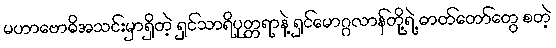
မဟာဗောဓိအသင်းမှာရှိတဲ့ ရှင်သာရိပုတ္တရာနဲ့ ရှင်မောဂ္ဂလာန်တို့ရဲ့ ဓာတ်တော်တွေ စတဲ့